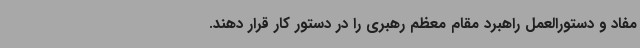
مفاد و دستورالعمل راهبرد مقام معظم رهبری را در دستور کار قرار دهند.